Report of the Indian Hemp Drugs Commission, 1894-1895 - Volume V
Year: 1894
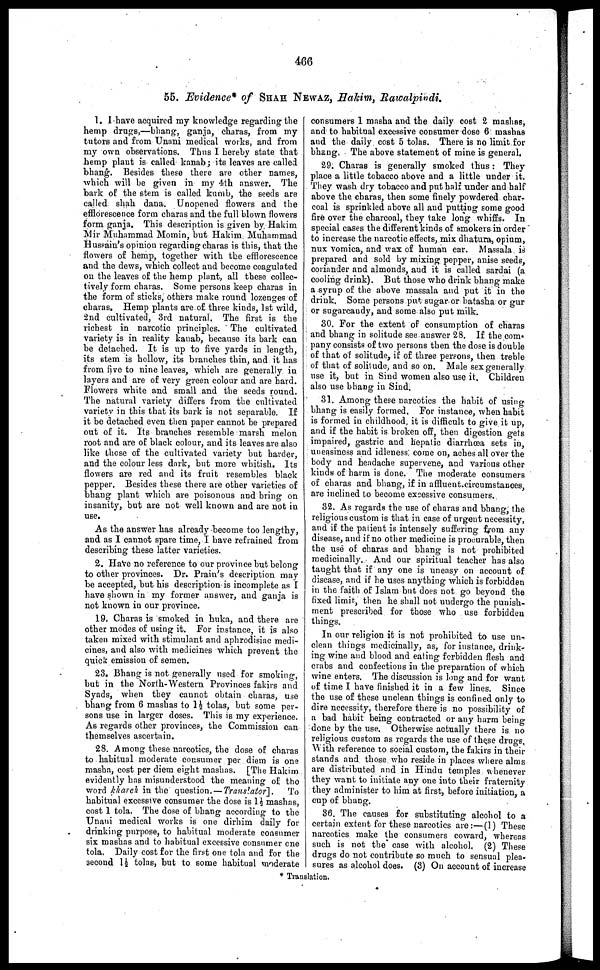
466
55. Evidence* of SHAH NEWAZ, Hakim, Rawalpindi.
1. I have acquired my knowledge regarding the
hemp drugs,—bhang, ganja, charas, from my
tutors and from Unani medical works, and from
my own observations. Thus I hereby state that
hemp plant is called kanab; its leaves are called
bhang. Besides these there are other names,
which will be given in my 4th answer. The
bark of the stem is called kumb, the seeds are
called shah dana. Unopened flowers and the
efflorescence form charas and the full blown flowers
form ganja. This description is given by Hakim
Mir Muhammad Momin, but Hakim Muhammad
Hussain's opinion regarding charas is this, that the
flowers of hemp, together with the efflorescence
and the dews, which collect and become coagulated
on the leaves of the hemp plant, all these collec-
tively form charas. Some persons keep charas in
the form of sticks, others make round lozenges of
charas. Hemp plants are of three kinds, 1st wild,
2nd cultivated, 3rd natural. The first is the
richest in narcotic principles. The cultivated
variety is in reality kanab, because its bark can
be detached. It is up to five yards in length,
its stem is hollow, its branches thin, and it has
from five to nine leaves, which are generally in
layers and are of very green colour and are hard.
Flowers white and small and the seeds round.
The natural variety differs from the cultivated
variety in this that its bark is not separable. If
it be detached even then paper cannot be prepared
out of it. Its branches resemble marsh melon
root and are of black colour, and its leaves are also
like those of the cultivated variety but harder,
and the colour less dark, but more whitish. Its
flowers are red and its fruit resembles black
pepper. Besides these there are other varieties of
bhang plant which are poisonous and bring on
insanity, but are not well known and are not in
use.
As the answer has already become too lengthy,
and as I cannot spare time, I have refrained from
describing these latter varieties.
2. Have no reference to our province but belong
to other provinces. Dr. Plain's description may
be accepted, but his description is incomplete as I
have shown in my former answer, and ganja is
not known in our province.
19. Charas is smoked in huka, and there are
other modes of using it. For instance, it is also
taken mixed with stimulant and aphrodisiac medi-
cines, and also with medicines which prevent the
quick emission of semen.
23. Bhang is not generally used for smoking,
but in the North-Western Provinces fakirs and
Syads, when they cannot obtain charas, use
bhang from 6 mashas to 1½ tolas, but some per-
sons use in larger doses. This is my experience.
As regards other provinces, the Commission can
themselves ascertain.
28. Among these narcotics, the dose of charas
to habitual moderate consumer per diem is one
masha, cost per diem eight mashas. [The Hakim
evidently has misunderstood the meaning of the
word kharch in the question.—Translator],
To
habitual excessive consumer the dose is 1½ mashas,
cost 1 tola. The dose of bhang according to the
Unani medical works is one dirhim daily for
drinking purpose, to habitual moderate consumer
six mashas and to habitual excessive consumer one
tola. Daily cost for the first one tola and for the
second 1½ tolas, but to some habitual moderate
consumers I masha and the daily cost 2 mashas,
and to habitual excessive consumer dose 6 mashas
and the daily cost 5 tolas. There is no limit for
bhang, The above statement of mine is general.
29. Charas is generally smoked thus: They
place a little tobacco above and a little under it.
They wash dry tobacco and put half under and half
above the charas, then some finely powdered char-
coal is sprinkled above all and putting some good
fire over the charcoal, they take long whiffs. In
special cases the different kinds of smokers in order
to increase the narcotic effects, mix dhatura, opium,
nux vomica, and wax of human ear. Massala is
prepared and sold by mixing pepper, anise seeds,
coriander and almonds, and it is called sardai (a
cooling drink). But those who drink bhang make
a syrup of the above massala and put it in the
drink. Some persons put sugar or batasha or gur
or sugarcaudy, and some also put milk.
30. For the extent of consumption of charas
and bhang in solitude see answer 28. If the com-
pany consists of two persons then the dose is double
of that of solitude, if of three persons, then treble
of that of solitude, and so on. Male sex generally
use it, but in Sind women also use it, Children
also use bhang in Sind.
31. Among these narcotics the habit of using
bhang is easily formed. For instance, when habit
is formed in childhood, it is difficult to give it up,
and if the habit is broken off, then digestion gets
impaired, gastric and hepatic diarrhœa sets in,
uneasiness and idleness come on, aches all over the
body and headache supervene, and various other
kinds of harm is done. The moderate consumers
of charas and bhang, if in affluent circumstances,
are inclined to become excessive consumers.
32. As regards the use of charas and bhang, the
religious custom is that in case of urgent necessity,
and if the patient is intensely suffering from any
disease, and if no other medicine is procurable, then
the use of charas and bhang is not prohibited
medicinally. And our spiritual teacher has also
taught that if any one is uneasy on account of
disease, and if he uses anything which is forbidden
in the faith of Islam but does not go beyond the
fixed limit, then he shall not undergo the punish-
ment prescribed for those who use forbidden
things.
In our religion it is not prohibited to use un-
clean things medicinally, as, for instance, drink-
ing wine and blood and eating forbidden flesh and
crabs and confections in the preparation of which
wine enters. The discussion is long and for want
of time I have finished it in a few lines. Since
the use of these unclean things is confined only to
dire necessity, therefore there is no possibility of
a bad habit being contracted or any harm being
done by the use. Otherwise actually there is no
religious custom as regards the use of these drugs,
With reference to social custom, the fakirs in their
stands and those who reside in places where alms
are distributed and in Hindu temples whenever
they want to initiate any one into their fraternity
they administer to him at first, before initiation, a
cup of bhang.
36. The causes for substituting alcohol to a
certain extent for these narcotics are:—(1) These
narcotics make the consumers coward, whereas
such is not the case with alcohol. (2) These
drugs do not contribute so much to sensual plea-
sures as alcohol does. (3) On account of increase
* Translation.